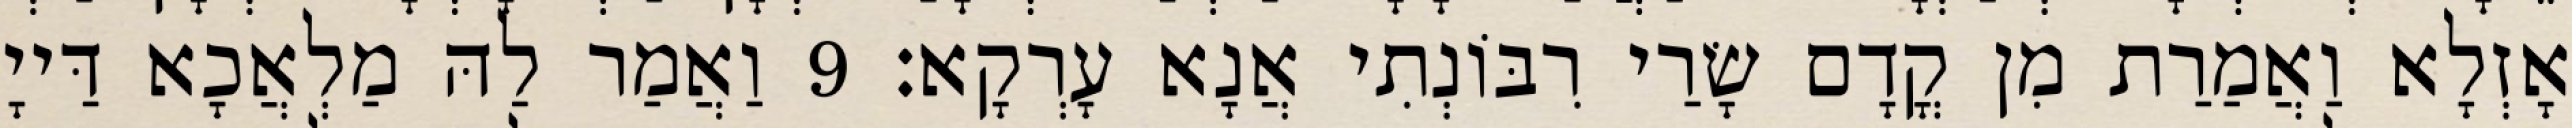
אָזְלָא וַאֲמַרַת מִן קֳדָם שָׂרַי רִבּוֹנְתִי אֲנָא עָרְקָא׃ 9 וַאֲמַר לַהּ מַלְאֲכָא דַּייָ